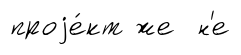
проjе́кт же н'е